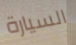
السيارة